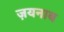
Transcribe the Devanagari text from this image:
ज़यनाब